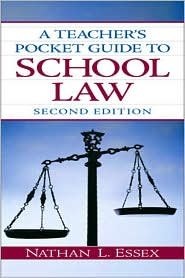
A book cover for Teacher's Pocket Guide to School Law 2nd (second) edition Text Only; Nathan L. Essex; Education & Teaching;